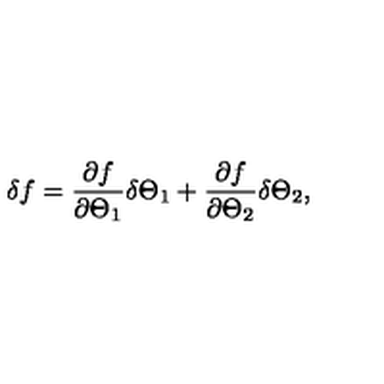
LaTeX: \delta f = \frac { \partial f } { \partial \Theta _ { 1 } } \delta \Theta _ { 1 } + \frac { \partial f } { \partial \Theta _ { 2 } } \delta \Theta _ { 2 } ,